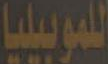
للموبيليا